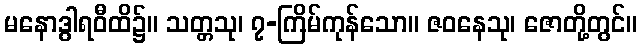
မနောဒွါရဝီထိ၌။ သတ္တသု၊ ၇-ကြိမ်ကုန်သော။ ဇဝနေသု၊ ဇောတို့တွင်။